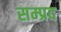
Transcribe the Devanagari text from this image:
सम्प्रद